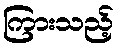
ကြားသည့်